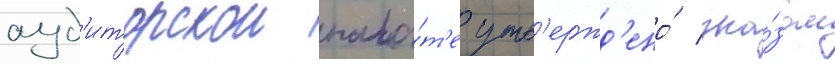
ауд'иторскои пала́т'е утв'ержд'ено́ ука́зом